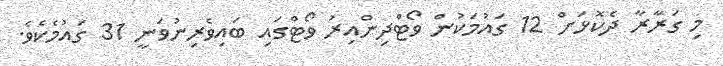
މި ގަރާރާ ދެކޮޅަށް 12 ގައުމަކުން ވޯޓްދިންއިރު ވޯޓްގައި ބައިވެރިނުވަނީ 31 ގައުމެކެވެ.